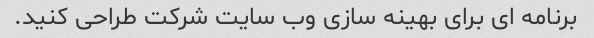
برنامه ای برای بهینه سازی وب سایت شرکت طراحی کنید.